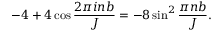
- 4 + 4 \cos \frac { 2 \pi i n b } { J } = - 8 \sin ^ { 2 } \frac { \pi n b } { J } .